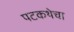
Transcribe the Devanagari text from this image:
पटकथेचा